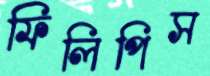
ফিলিপিস